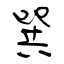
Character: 巽